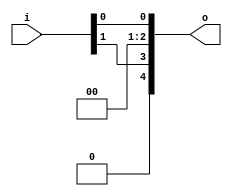
// This program was cloned from: https://github.com/NYU-MLDA/OpenABC
// License: BSD 3-Clause "New" or "Revised" License

module bsg_unconcentrate_static_09
(
  i,
  o
);

  input [1:0] i;
  output [4:0] o;
  wire [4:0] o;
  wire o_3_,o_0_;
  assign o[4] = 1'b0;
  assign o[2] = 1'b0;
  assign o[1] = 1'b0;
  assign o_3_ = i[1];
  assign o[3] = o_3_;
  assign o_0_ = i[0];
  assign o[0] = o_0_;

endmodule